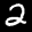
Label: 2